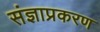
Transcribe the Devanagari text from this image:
संज्ञाप्रकरण